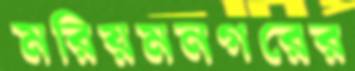
মরিয়মনগরের